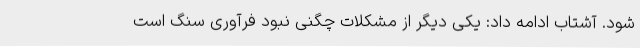
شود. آشتاب ادامه داد: یکی دیگر از مشکلات چگنی نبود فرآوری سنگ است